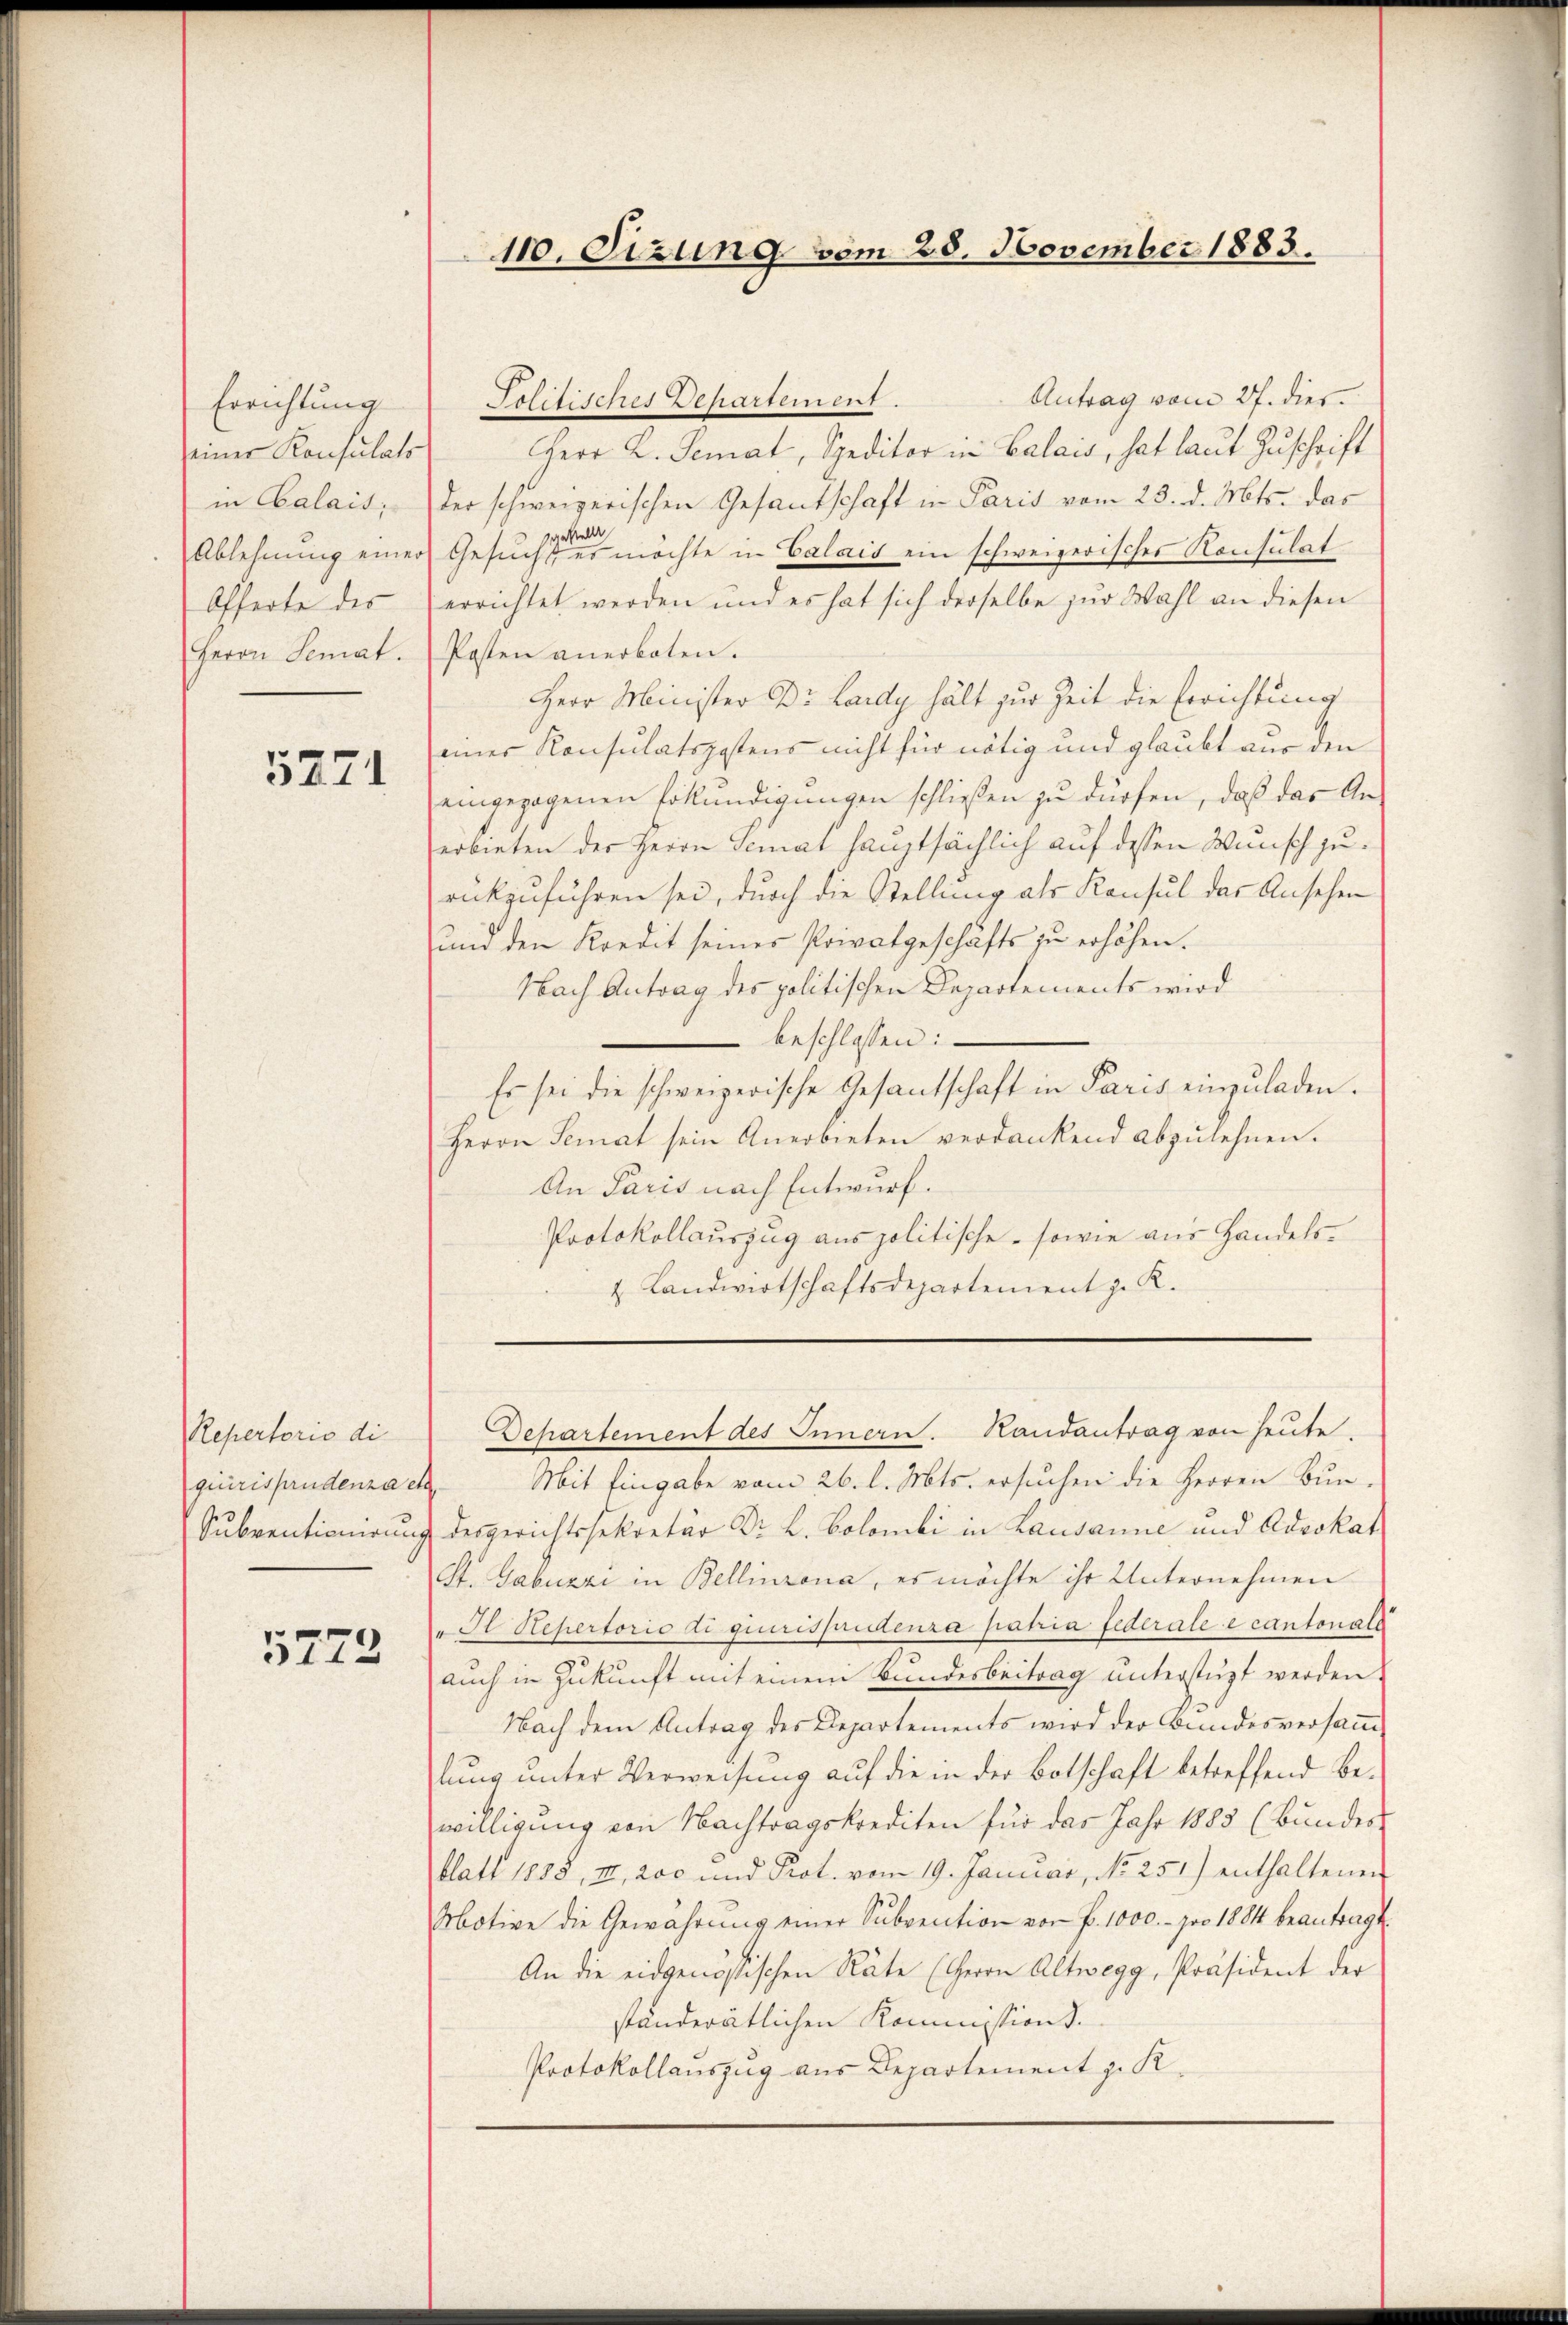
Errichtung
einer Konsulats
in Calais;
Offerte des
Herrn Semat.

5271

Repertorio di
giurisprudenza ch
Subventionirung

5772

Antrag vom 27. dies
Herr D. Senat, Speditor in Valais, hat laut Zuschrift
der schweizerischen Gesandschaft in Paris vom 23. d. Mts. das
pastellt
Ablehnung einer Gesucht es möchte in Calais ein schweizerisches Konsulat
errichtet werden und es hat sich derselbe zur Wahl an diesen
Posten anerboten.
Herr Minister Dr. Lardy hält zur Zeit die Errichtung
einer Konsulatspostens nicht für nötig und glaubt aus den
eingezogenen Erkundigungen schließen zu dürfen, daß das Anerbieten der Herrn Semat hauptsächlich auf dessen Wunsch zurückzuführen sei, durch die Stellung als Konsul das Ansehen
und den Kredit seiner Privatgeschäfts zu erhöhen.
Nach Antrag des politischen Departements wird
beschlossen:
Es sei die schweizerische Gesantschaft in Paris einzuladen.
Herrn Senat sein Anerbieten verdankend abzulehnen.
An Paris nach Entwurf.
Protokollauszug aus politische - sowie aus Handels¬
& Landwirtschaftsdepartement z. R.

110. Sizung vom 28. November 1883.

Politisches Departement.

Departement des Innern. Handantrag von heute.

Mit Eingabe vom 26. l. Mts. ersuchen die Herren Bundesgerichtssekretär Dr. L. Colombi in Lausanne und Advokat
St. Gabuzzi in Bellinzona, es möchte ihr Unternehmen
Il Repertorio di giurispetenza patria federale e cantonale
auch in Zukunft mit einem Bundesbeitrag unterstüzt werden,
Nach dem Antrag des Departements wird der Bundesversamm-
lung unter Verweisung auf die in der Botschaft betreffend Bewilligung von Nachtragskrediten für das Jahr 1883 (Bundes
blatt 1888, III, 200 und Prot. vom 19. Januar, No 251) enthaltenen
Motive die Gewährŭng einer Subvention von P. 1000.- pro 1884 beantragt.
An die eidgenössischen Räte (Herrn Altwegg, Präsident der
ständerätlichen Kommissions¬
Protokollauszug aus Departement z. K.